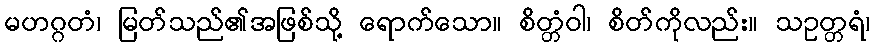
မဟဂ္ဂတံ၊ မြတ်သည်၏အဖြစ်သို့ ရောက်သော။ စိတ္တံဝါ၊ စိတ်ကိုလည်း။ သဥတ္တရံ၊